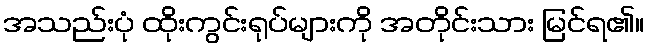
အသည်းပုံ ထိုးကွင်းရုပ်များကို အတိုင်းသား မြင်ရ၏။